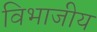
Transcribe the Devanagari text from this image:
विभाजीय